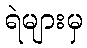
ရဲများမှ